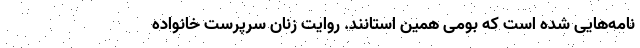
نامه‌هایی شده است که بومی همین استانند. روایت زنان سرپرست خانواده